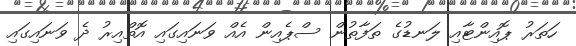
ހަތަރު ޕޮއިންޓާއި ލަނޑުގެ ތަފާތުން ސްޕެއިން އެއް ވަނައިގައި އޮތްއިރު ދެ ވަނައިގައި